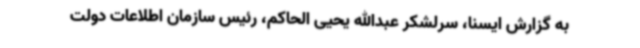
به گزارش ایسنا، سرلشکر عبدالله یحیی الحاکم،‌ رئیس سازمان اطلاعات دولت